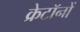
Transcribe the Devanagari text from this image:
क्रेटॉनों